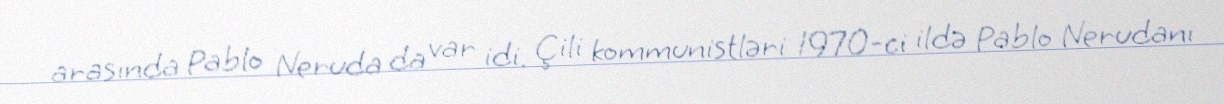
arasında Pablo Neruda da var idi. Çili kommunistləri 1970-ci ildə Pablo Nerudanı